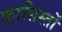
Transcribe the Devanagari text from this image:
फ़ासिस्तों